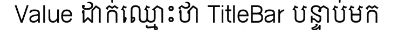
Value ដាក់ឈ្មោះថា TitleBar បន្ទាប់មក